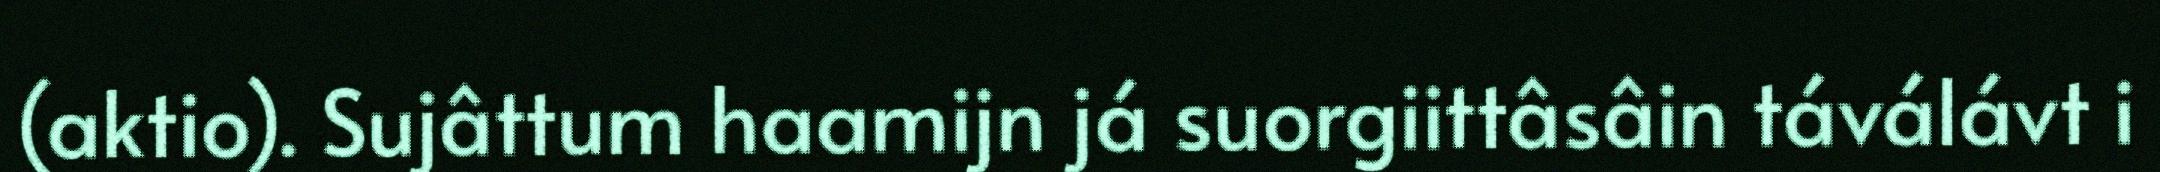
(aktio). Sujâttum haamijn já suorgiittâsâin táválávt i